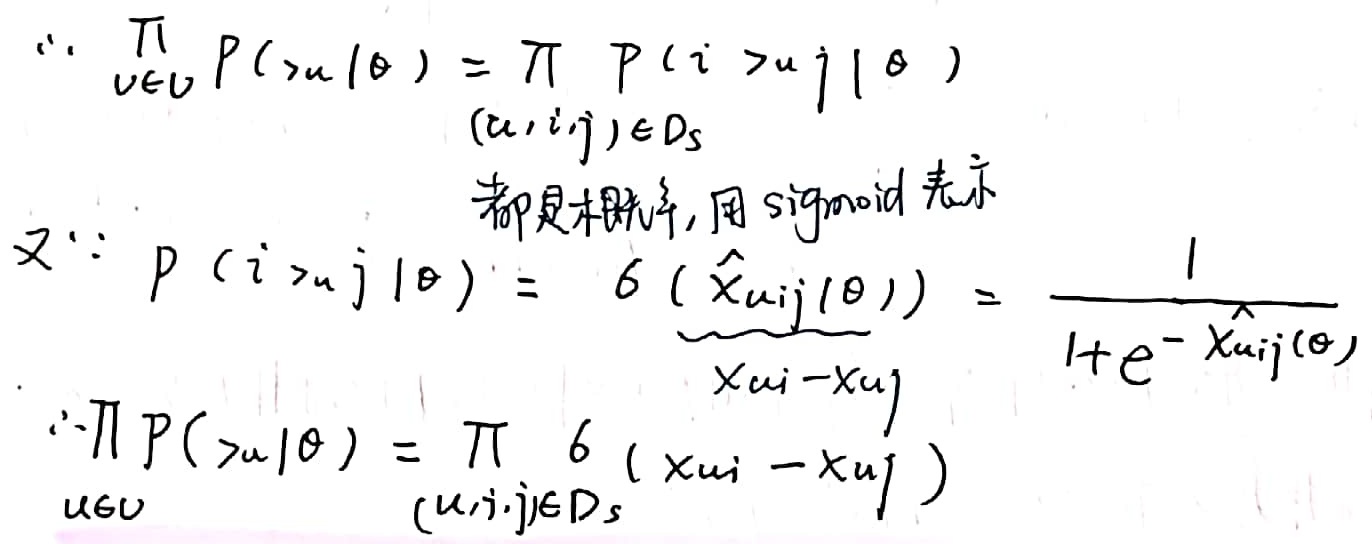
因为\(\prod_{u\in U} P(\succ_{u}|\theta)=\prod_{(u, i, j)\in D_{S}} P(i \succ_{u} j|\theta)\)，又因为\(P(i \succ_{u} j|\theta)=\underset{x_{ui}-x_{uj}}{\underbrace{\sigma(\hat{x}_{uij}(\theta))}}=\frac{1}{1 + e^{-\hat{x}_{uij}(\theta)}}\)，所以\(\prod_{u\in U} P(\succ_{u}|\theta)=\prod_{(u, i, j)\in D_{S}} \sigma(x_{ui}-x_{uj})\) 都是概率，用sigmoid表示。